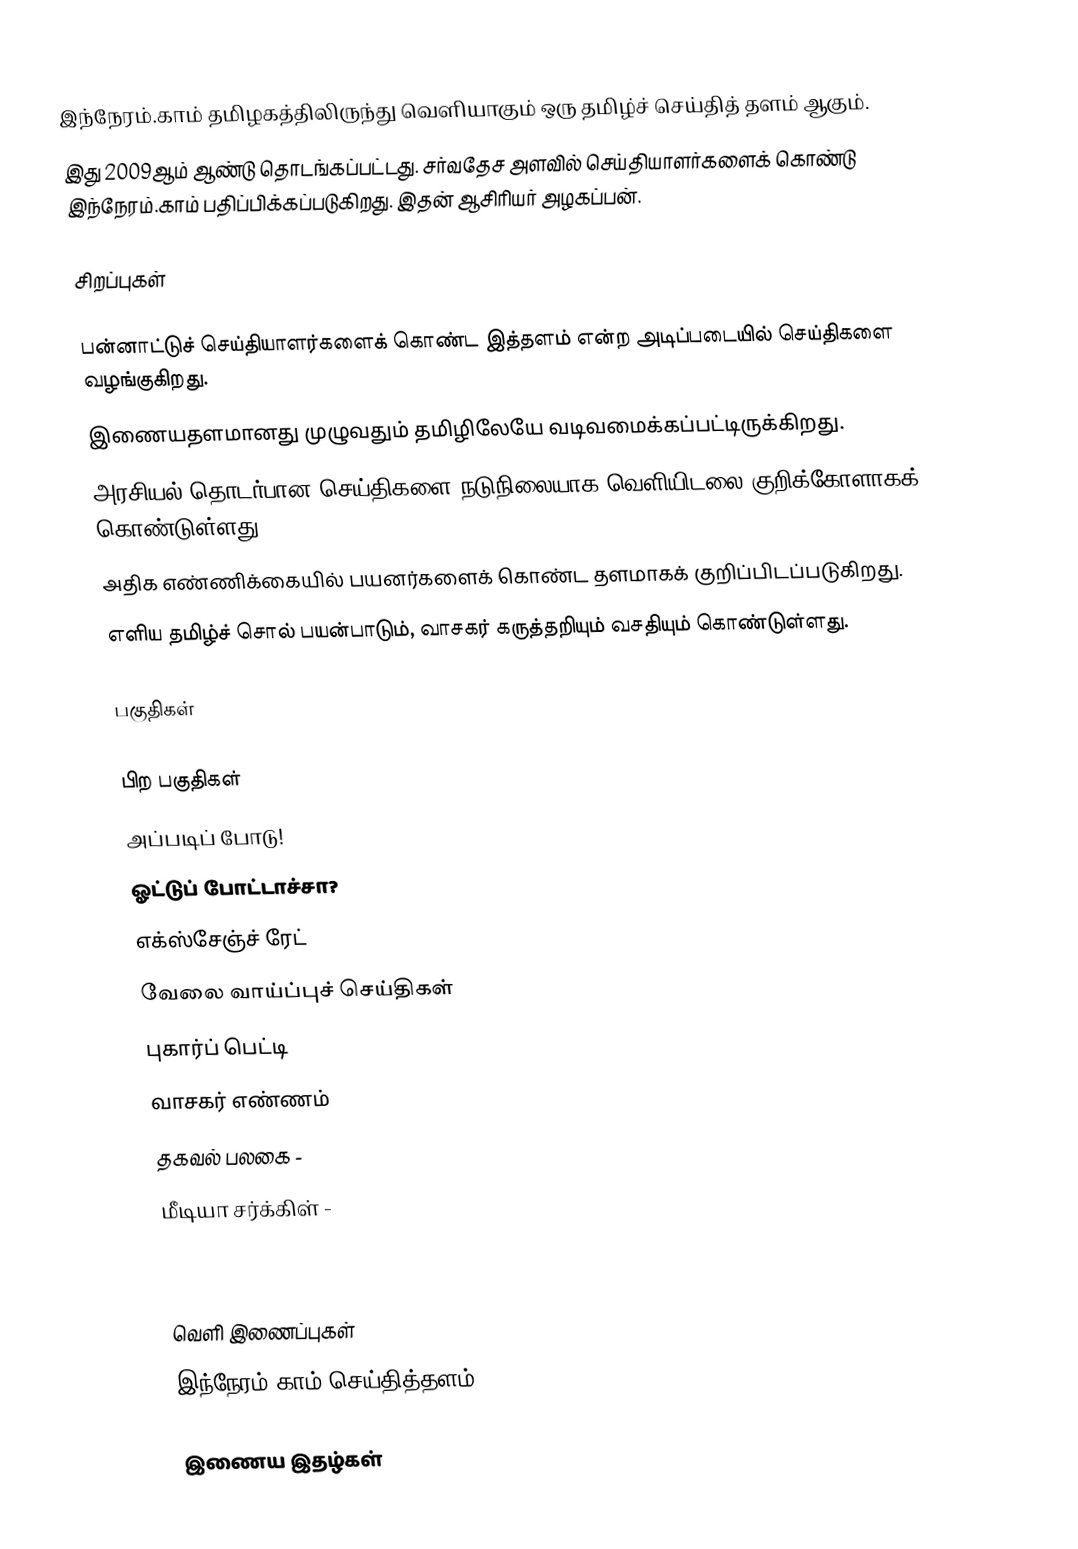
இந்நேரம்.காம் தமிழகத்திலிருந்து வெளியாகும் ஒரு தமிழ்ச் செய்தித் தளம் ஆகும்.
இது 2009ஆம் ஆண்டு தொடங்கப்பட்டது. சர்வதேச அளவில் செய்தியாளர்களைக் கொண்டு இந்நேரம்.காம் பதிப்பிக்கப்படுகிறது. இதன் ஆசிரியர் அழகப்பன்.

சிறப்புகள்

 பன்னாட்டுச் செய்தியாளர்களைக் கொண்ட இத்தளம்  என்ற அடிப்படையில் செய்திகளை வழங்குகிறது.
 இணையதளமானது முழுவதும் தமிழிலேயே வடிவமைக்கப்பட்டிருக்கிறது.
 அரசியல் தொடர்பான செய்திகளை நடுநிலையாக வெளியிடலை குறிக்கோளாகக் கொண்டுள்ளது.
 அதிக எண்ணிக்கையில் பயனர்களைக் கொண்ட தளமாகக் குறிப்பிடப்படுகிறது.
 எளிய தமிழ்ச் சொல் பயன்பாடும், வாசகர் கருத்தறியும் வசதியும் கொண்டுள்ளது.

பகுதிகள்

பிற பகுதிகள்
 அப்படிப் போடு!
 ஓட்டுப் போட்டாச்சா?
 எக்ஸ்சேஞ்ச் ரேட்
 வேலை வாய்ப்புச் செய்திகள்
 புகார்ப் பெட்டி
 வாசகர் எண்ணம்
 தகவல் பலகை -
 மீடியா சர்க்கிள் -

References

வெளி இணைப்புகள்
 இந்நேரம்.காம் செய்தித்தளம்

இணைய இதழ்கள்